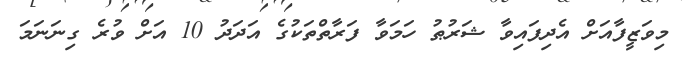
މިވަޒީފާއަށް އެދިފައިވާ ޝަރުޠު ހަމަވާ ފަރާތްތަކުގެ އަދަދު 10 އަށް ވުރެ ގިނަނަމަ